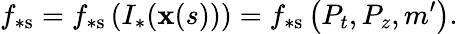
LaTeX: f_{\ast\mathrm{s}}=f_{\ast\mathrm{s}}\left(I_{\ast}(\mathbf{x}(s))\right)=f_{\ast\mathrm{s}}\left(P_{t},P_{z},m^{\prime}\right).